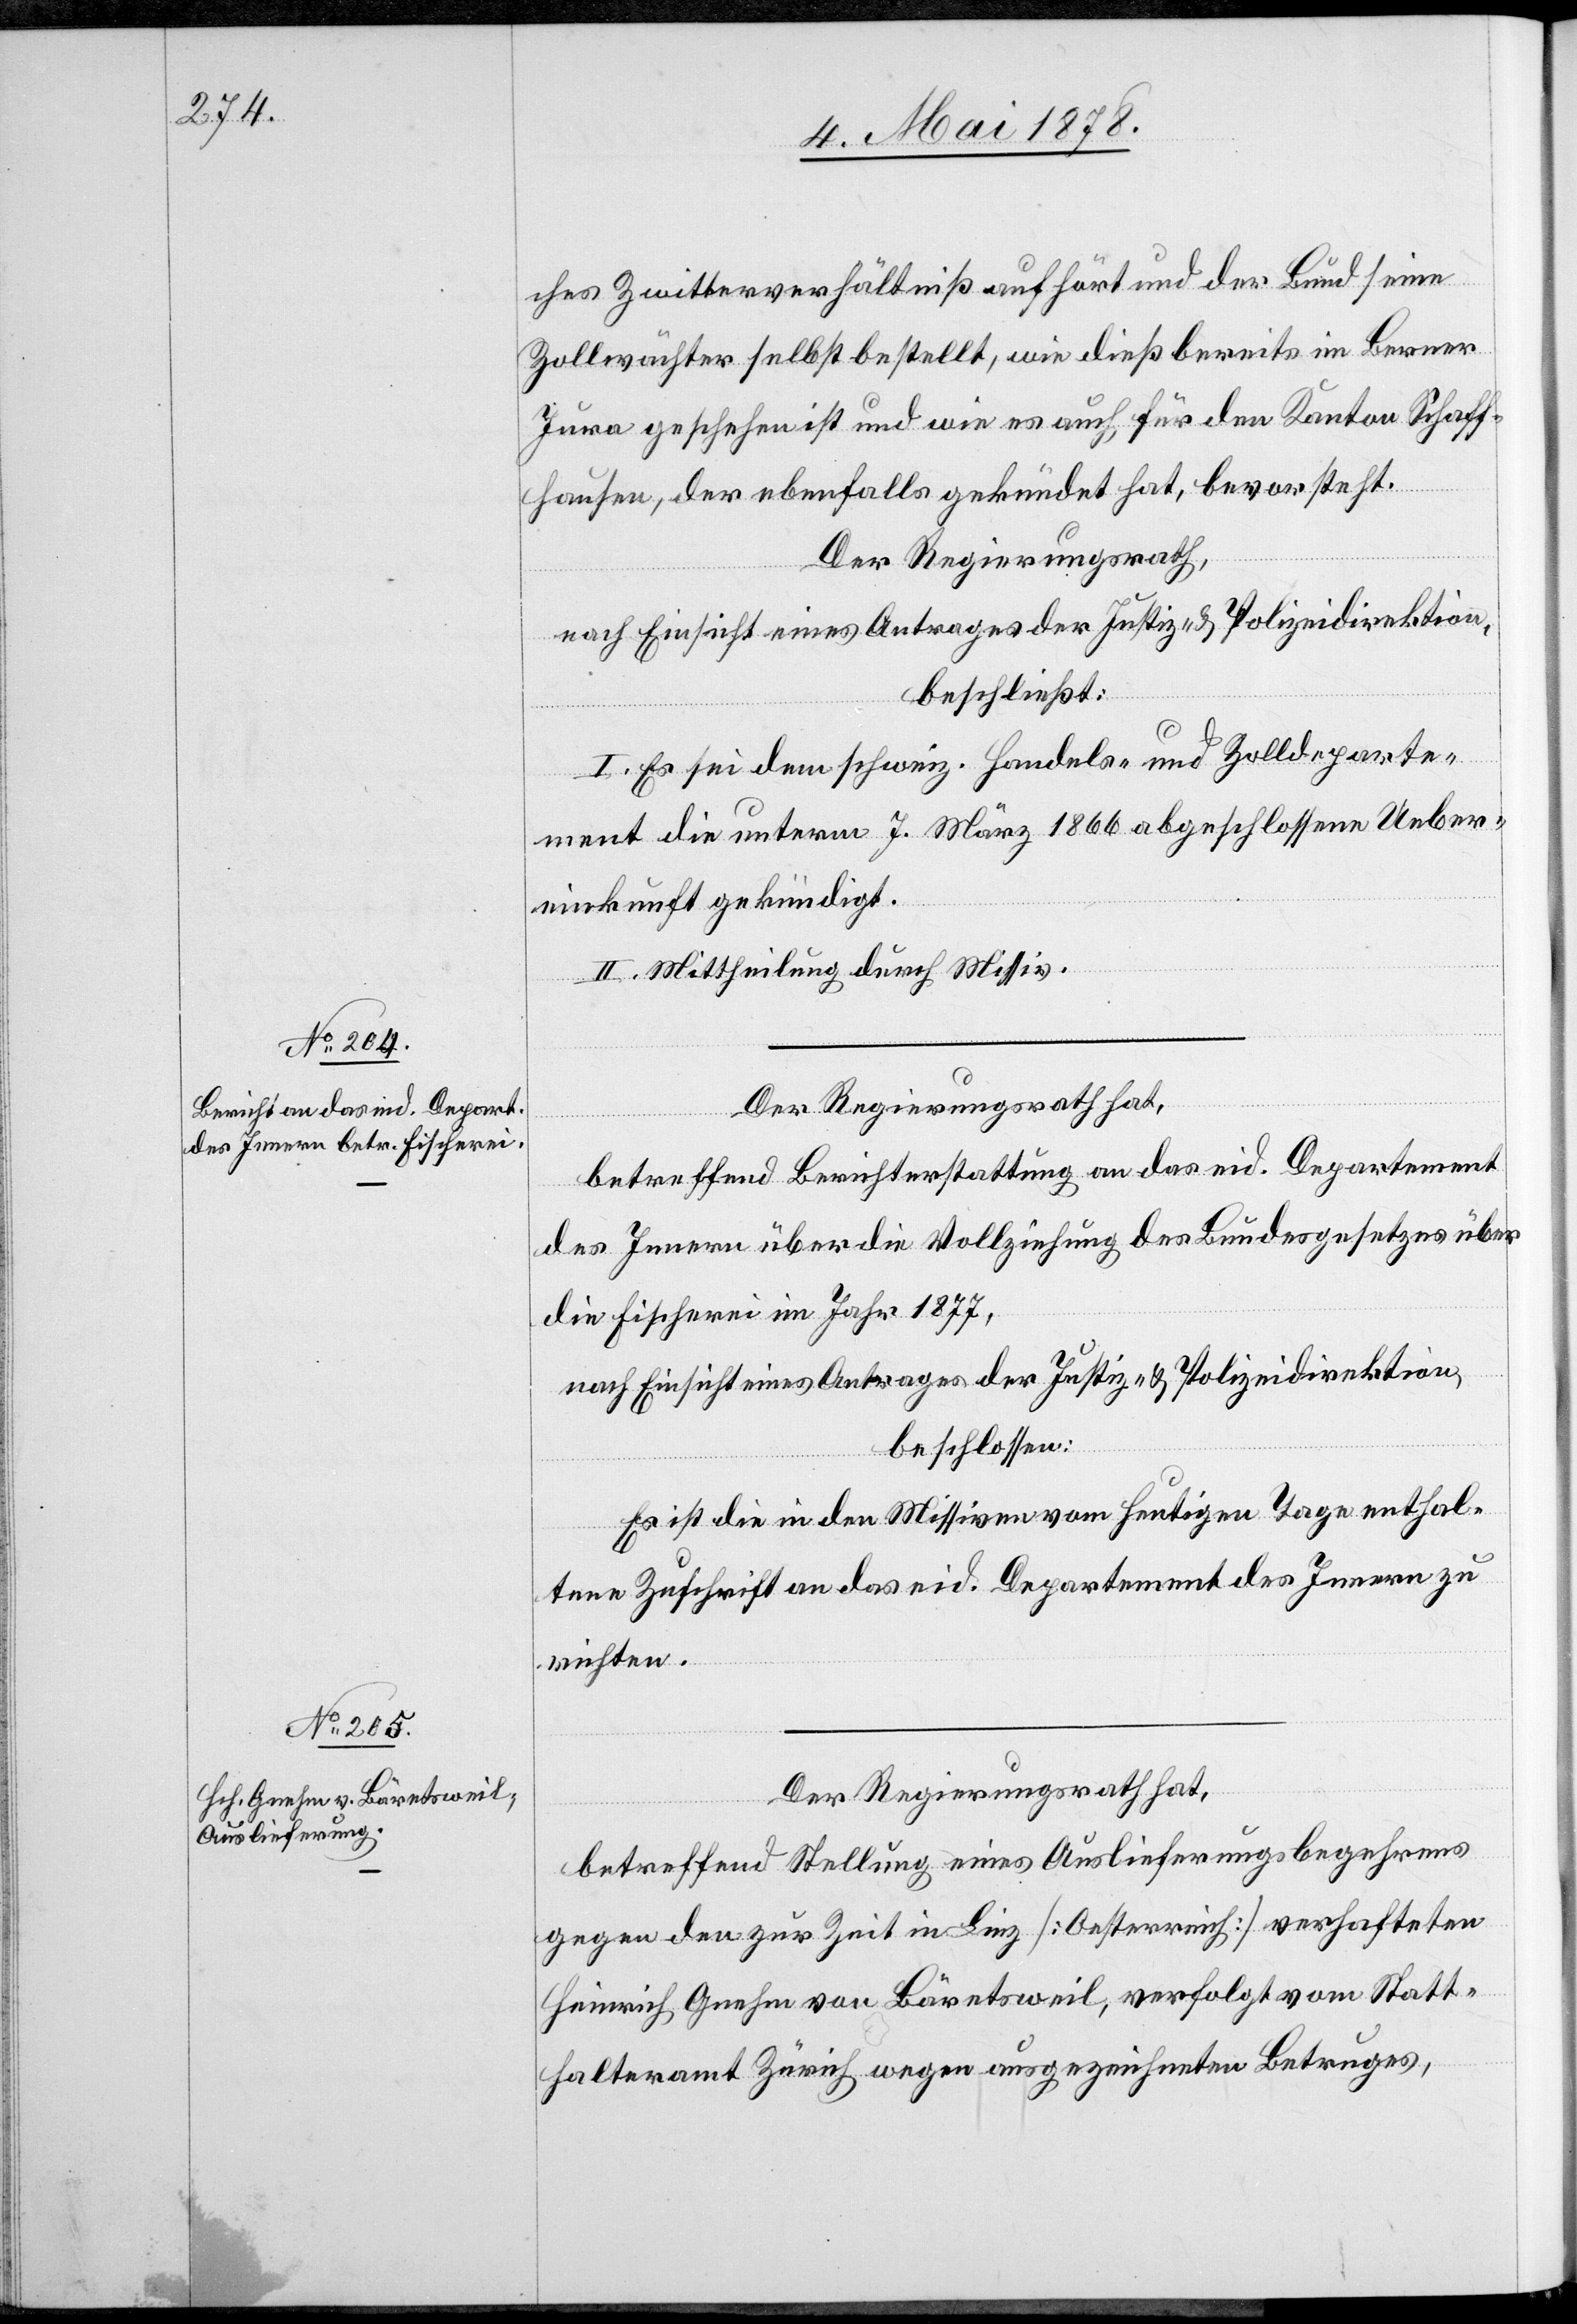
ches Zwitterverhältniß aufhört und der Bund seine
Zollwächter selbst bestellt, wie dieß bereits im Berner
Jura geschehen ist und wie es auch für den Kanton Schaff¬
hausen, der ebenfalls gekündet hat, bevorsteht.
Der Regierungsrath,
nach Einsicht eines Antrages der Justiz- & Polizeidirektion,
beschließt:
I. Es sei dem schweiz. Handels- und Zolldeparte¬
ment die unterm 7. März 1866 abgeschlossene Ueber¬
einkunft gekündigt.
II. Mittheilung durch Missiv.
Der Regierungsrath hat,
betreffend Berichterstattung an das eid. Departement
des Innern über die Vollziehung des Bundesgesetzes über
die Fischerei im Jahr 1877,
nach Einsicht eines Antrages der Justiz- & Polizeidirektion,
beschlossen:
Es ist die in den Missiven vom heutigen Tage enthal¬
tene Zuschrift an das eid. Departement des Innern zu
richten.
Der Regierungsrath hat,
betreffend Stellung eines Auslieferungsbegehrens
gegen den zur Zeit in Linz [Oesterreich] verhafteten
Heinrich Gnehm von Bäretsweil, verfolgt vom Statt¬
halteramt Zürich wegen ausgezeichneten Betruges,